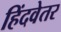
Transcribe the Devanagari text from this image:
हिंदवेतर